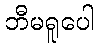
ဘီမရူပေါ